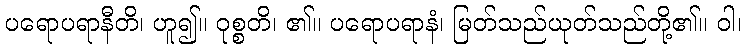
ပရောပရာနီတိ၊ ဟူ၍။ ဝုစ္စတိ၊ ၏။ ပရောပရာနံ၊ မြတ်သည်ယုတ်သည်တို့၏။ ဝါ၊